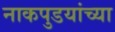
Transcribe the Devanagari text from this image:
नाकपुडयांच्या